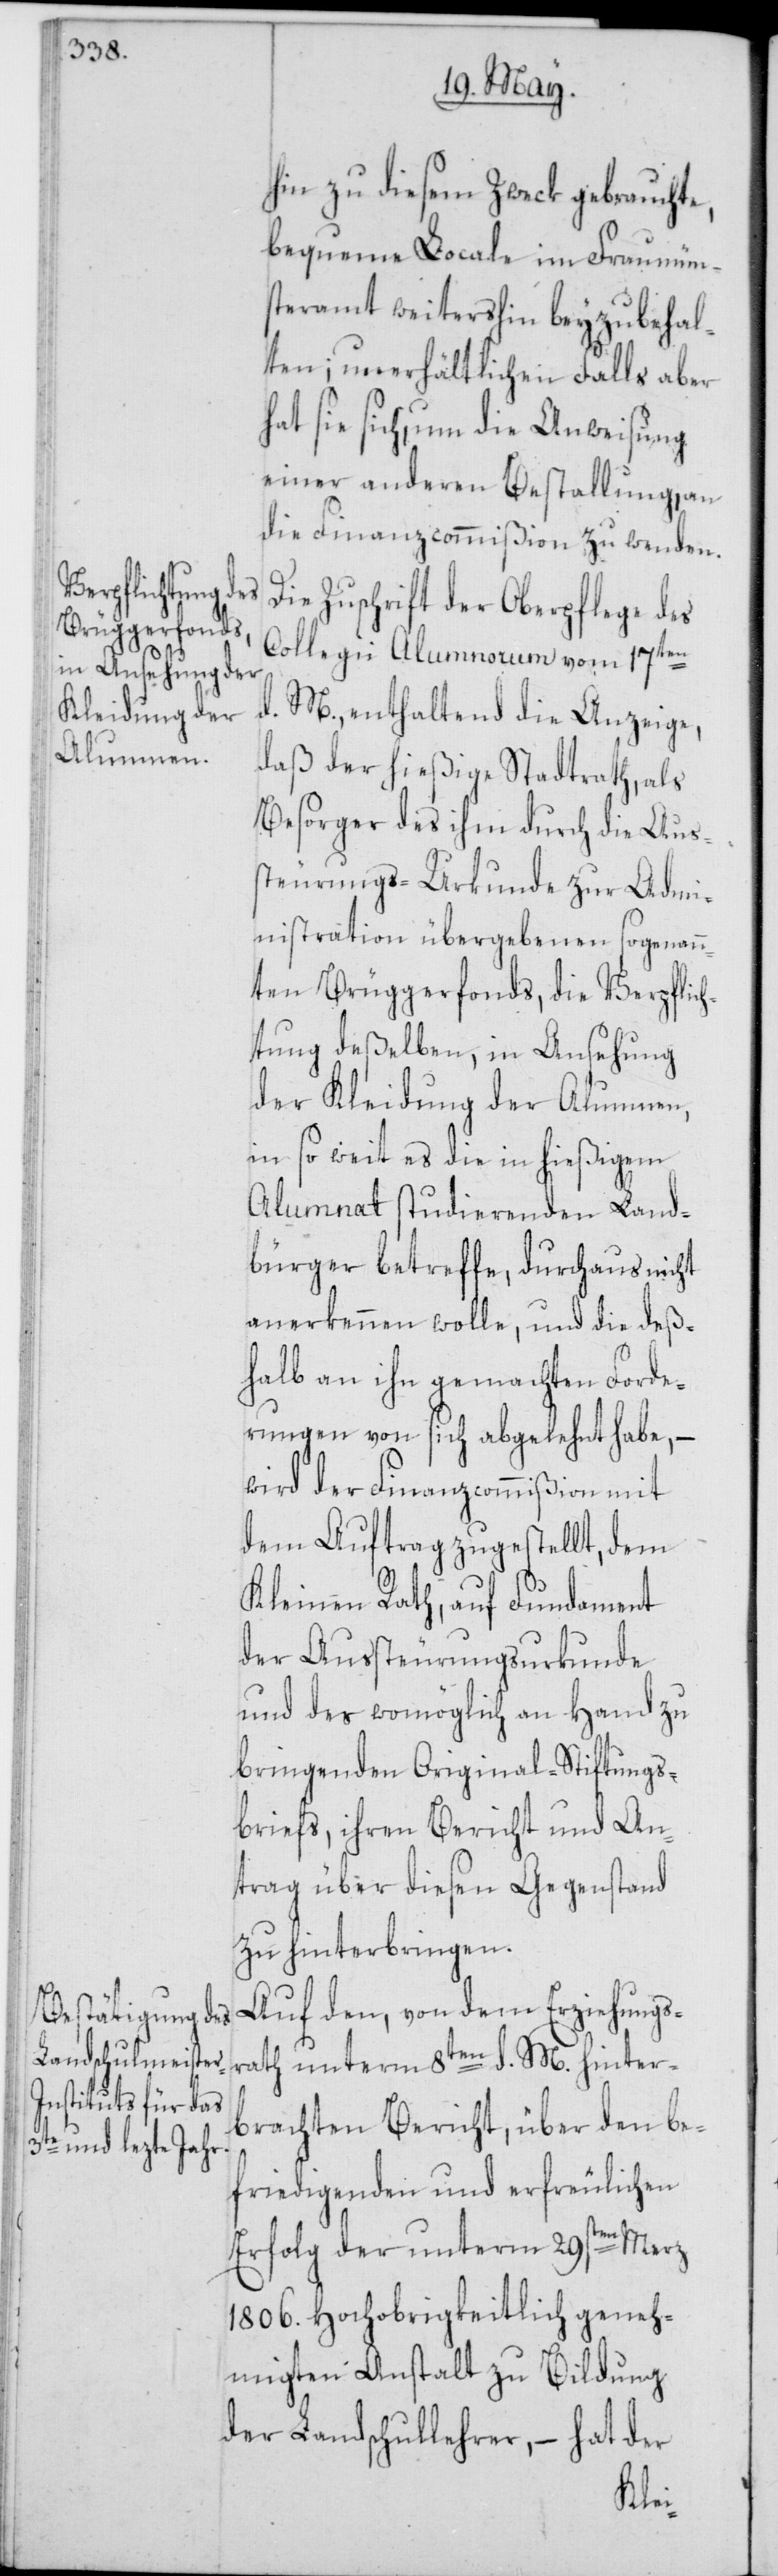
hin zu diesem Zweck gebrauchte,
bequeme Locale im Fraumün¬
steramt weitershin beyzubehal¬
ten; unerhältlichen Falls aber
hat sie sich, um die Anweisung
einer anderen Bestallung, an
die Finanzcommißion zu wenden.
Die Zuschrift der Oberpflege des
Collegii Alumnorum vom 17ten
d. M., enthaltend die Anzeige,
daß der hießige Stadtrath, als
Besorger des ihm durch die Aus¬
steurungs-Urkunde zur Admi¬
nistration übergebenen sogenann¬
ten Brüggerfonds, die Verpflic¬
htung deßelben, in Ansehung
der Kleidung der Alumnen,
in so weit es die in hießigem
Alumnat studierenden Land¬
bürger betreffe, durchaus nicht
anerkennen wolle, und die deß¬
halb an ihn gemachten Forde¬
rungen von sich abgelehnt habe, –
wird der Finanzcommißion mit
dem Auftrag zugestellt, dem
Kleinen Rath, auf Fundament
der Aussteurungsurkunde
und des womöglich an Hand zu
bringenden Original-Stiftungs¬
briefs, ihren Bericht und An¬
trag über diesen Gegenstand
zu hinterbringen.
Auf den, von dem Erziehungs¬
rath unterm 8ten d. M. hinter¬
brachten Bericht, über den be¬
friedigenden und erfreulichen
Erfolg der unterm 29sten Merz
1806. Hochobrigkeitlich geneh¬
migten Anstalt zu Bildung
der Landschullehrer, – hat der